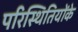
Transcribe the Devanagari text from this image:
परिस्थितियोंके